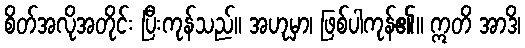
စိတ်အလိုအတိုင်း ပြီးကုန်သည်။ အဟုမှာ၊ ဖြစ်ပါကုန်၏။ ဣတိ အာဒိ၊